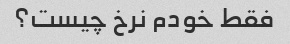
فقط خودم نرخ چیست؟